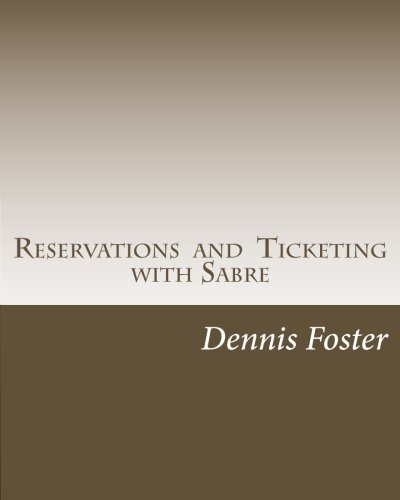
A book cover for Reservations and Ticketing with Sabre 2012 Edition; Dennis L. Foster; Education & Teaching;